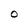
Character: O